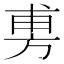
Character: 旉